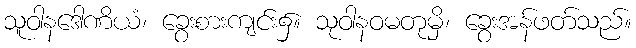
သူဝါနဒေါဏိယံ၊ ခွေးစားကျင်း၌။ သုဝါနဝမတုမှိ၊ ခွေးအန်ဖတ်သည်။